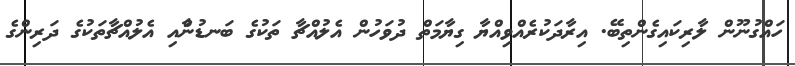
ހައްގުނޫން ލާރިކައިގެންތިބޭ. އިރާދަކުރެއްވިއްޔާ ގިޔާމަތް ދުވަހުން އެލުއްޗާ ތަކުގެ ބަނޑުންާއި އެލުއްޗާތަކުގެ ދަރިންގެ